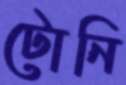
টোনি